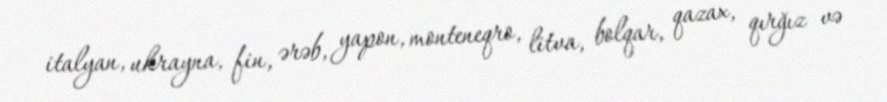
italyan, ukrayna, fin, ərəb, yapon, monteneqro, litva, bolqar, qazax, qırğız və